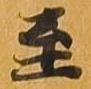
至